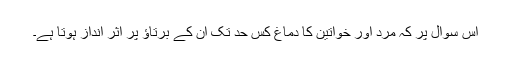
اس سوال پر کہ مرد اور خواتین کا دماغ کس حد تک ان کے برتاؤ پر اثر انداز ہوتا ہے۔